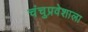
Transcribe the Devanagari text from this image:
चंचुप्रवेशाला